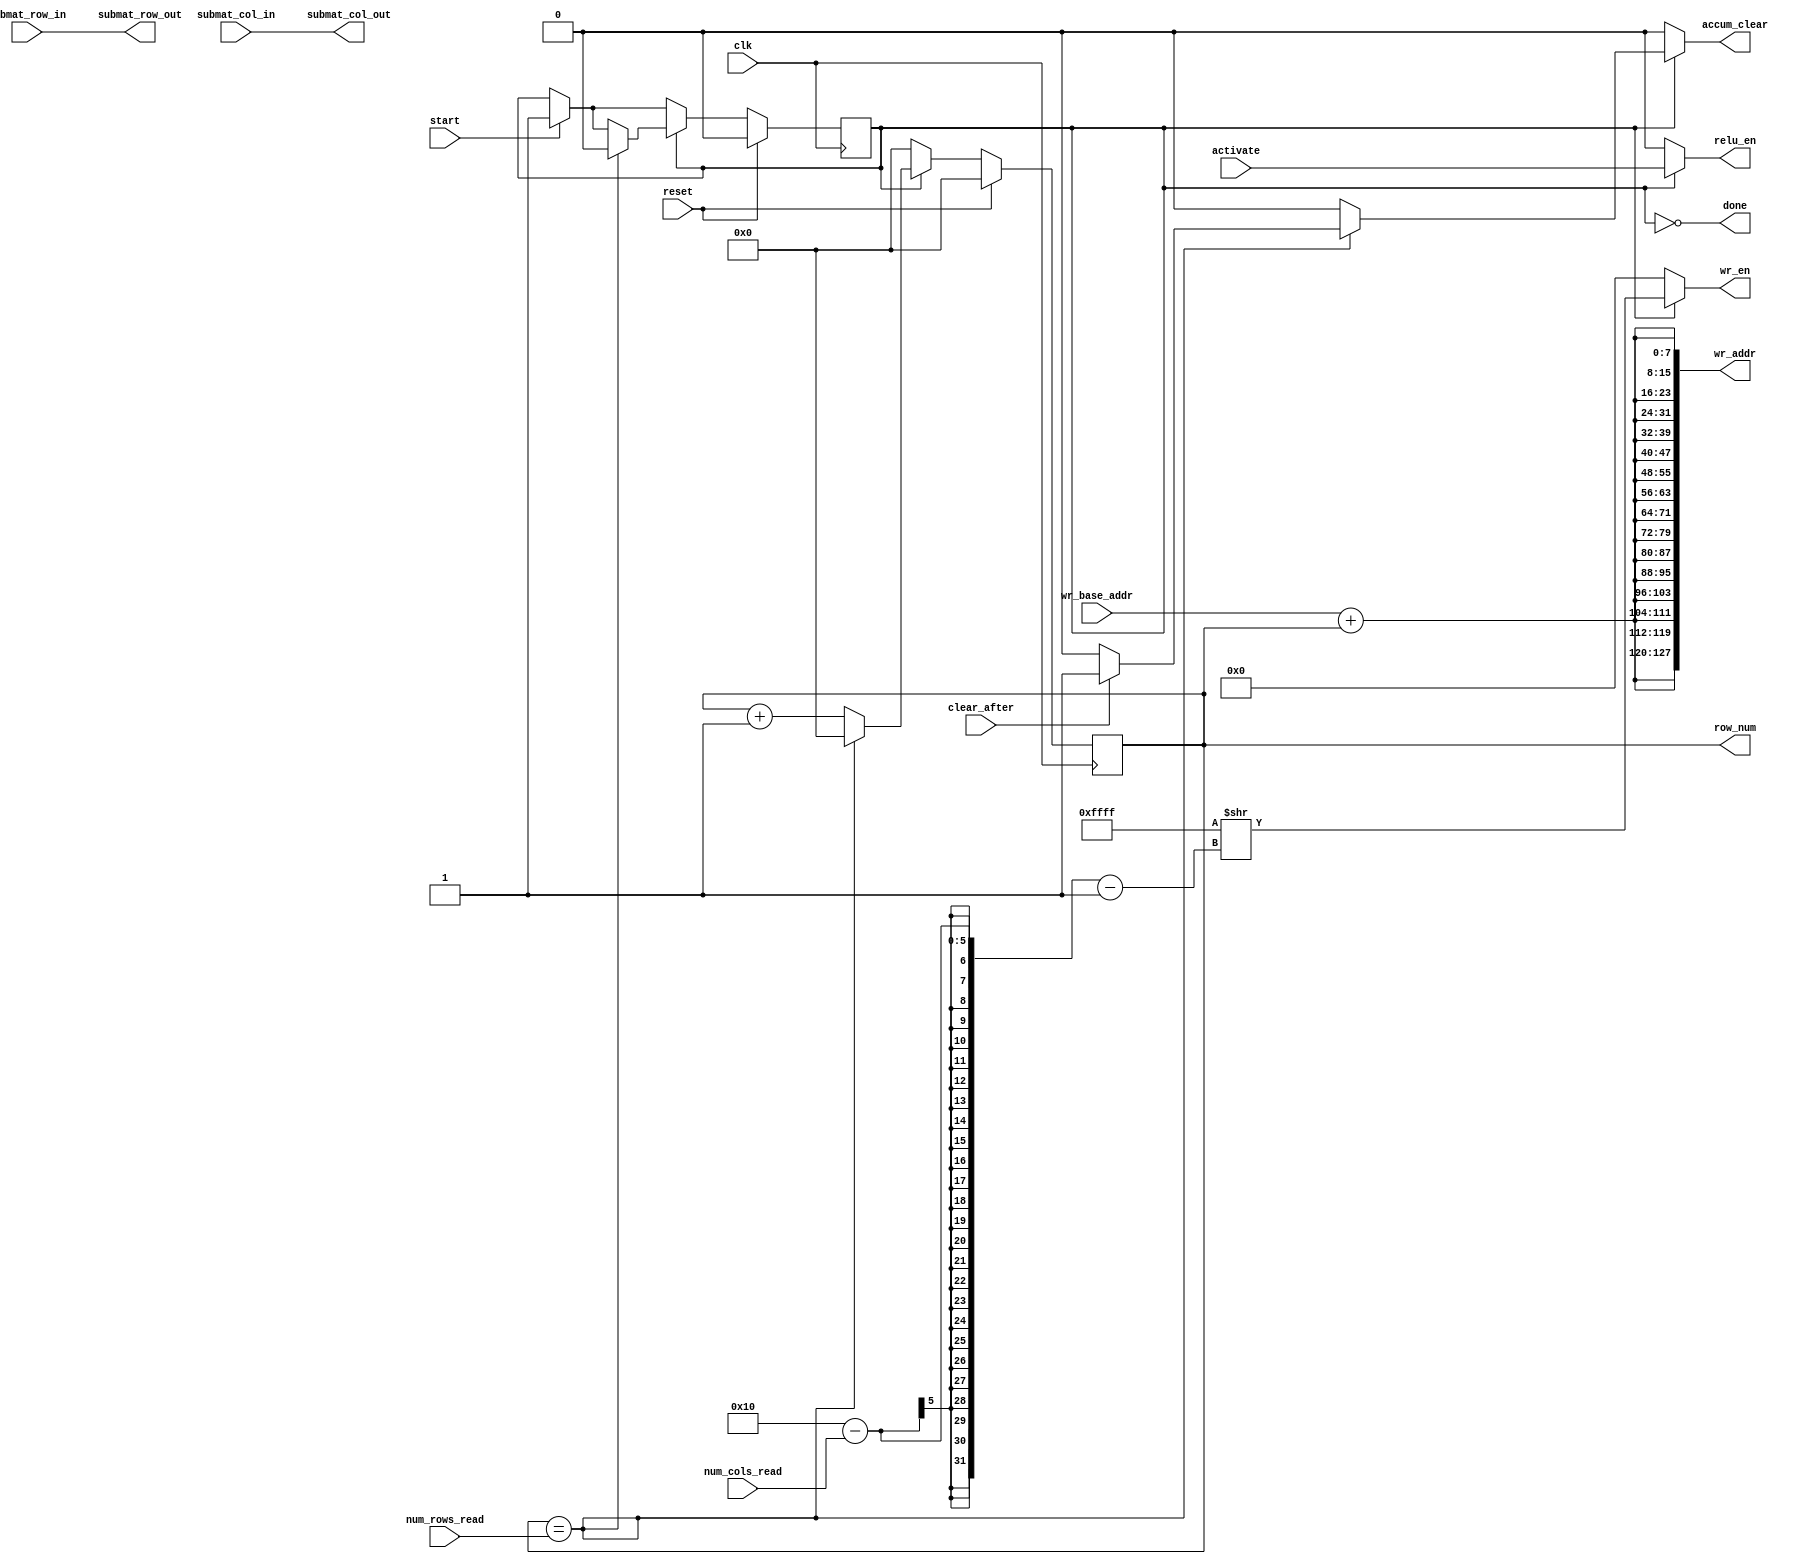
module master_output_control(clk,
                             reset,
                             start,
                             done,
                             submat_row_in,
                             submat_col_in,
                             submat_row_out,
                             submat_col_out,
                             num_rows_read,
                             num_cols_read,
                             row_num,
                             clear_after,
                             activate,
                             accum_clear,
                             relu_en,
                             wr_base_addr,
                             wr_en,
                             wr_addr);

    parameter MAX_OUT_ROWS = 128; // output number of rows in 
    parameter MAX_OUT_COLS = 128;
    parameter SYS_ARR_ROWS = 16;
    parameter SYS_ARR_COLS = 16;
    parameter ADDR_WIDTH = 8;
    
    localparam NUM_ACCUM_ROWS = MAX_OUT_ROWS*(MAX_OUT_COLS/SYS_ARR_COLS);
    localparam NUM_SUBMATS_M = MAX_OUT_ROWS/SYS_ARR_ROWS; // not sure if this will do ceiling like I want
    localparam NUM_SUBMATS_N = MAX_OUT_COLS/SYS_ARR_COLS; // not sure if this will do ceiling like I want

    input clk; 
    input reset;
    input start; 
    output wire done; 
    input [$clog2(NUM_SUBMATS_M)-1:0] submat_row_in; 
    input [$clog2(NUM_SUBMATS_N)-1:0] submat_col_in;
    output wire [$clog2(NUM_SUBMATS_M)-1:0] submat_row_out; 
    output wire [$clog2(NUM_SUBMATS_N)-1:0] submat_col_out;
    input [$clog2(SYS_ARR_ROWS)-1:0] num_rows_read; // 0-15 -> 1-16
    input [$clog2(SYS_ARR_COLS)-1:0] num_cols_read; // 0-15 -> 1-16
    output wire [$clog2(SYS_ARR_ROWS)-1:0] row_num;
    input clear_after; 
    input activate;
    output reg relu_en;
    output reg accum_clear; 
    input [ADDR_WIDTH-1:0] wr_base_addr;
    output reg [SYS_ARR_COLS-1:0] wr_en; 
    output wire [SYS_ARR_COLS*ADDR_WIDTH-1:0] wr_addr;

    reg started; // latch to hold the start pulse
    reg started_c;

    reg [$clog2(SYS_ARR_ROWS)-1:0] count;
    reg [$clog2(SYS_ARR_ROWS)-1:0] count_c;

    assign done = ~started; // if we aren't doing anything, we're done
    
    assign submat_row_out = submat_row_in;
    assign submat_col_out = submat_col_in;
    
    assign row_num = count;

    assign wr_addr = {SYS_ARR_COLS{wr_base_addr + count}};

    always @(*) begin
        count_c = {$clog2(SYS_ARR_ROWS){1'b0}};
        started_c = started;
        accum_clear = 1'b0;
        wr_en = {SYS_ARR_COLS{1'b0}};
        relu_en = 1'b0;

        if (start) begin
            started_c = 1'b1;
        end // if (start)

        if (started) begin
            count_c = count + {{$clog2(SYS_ARR_COLS)-1{1'b0}}, 1'b1}; // maybe replace with just "1"
            wr_en = {SYS_ARR_COLS{1'b1}} >> (SYS_ARR_COLS - num_cols_read - 1);
            relu_en = activate;

            if (count == num_rows_read) begin // read up to num_rows_read since we read a row each cc
                started_c = 1'b0;
                count_c = {$clog2(SYS_ARR_COLS){1'b0}};

                if (clear_after) begin
                    accum_clear = 1'b1;
                end // if (clear_after)
            end // if (count == SYS_ARR_COLS)
        end // if (started)

        if (reset) begin
            count_c = {$clog2(SYS_ARR_COLS){1'b0}};
            started_c = 1'b0;
        end // always @(*)
    end // always @(*) 

    always @(posedge clk) begin
        count = count_c;
        started = started_c;
    end // always @(posedge clk)

endmodule